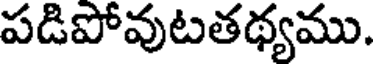
పడిపోవుటతథ్యము.